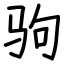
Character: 驹